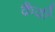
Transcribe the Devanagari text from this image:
कै़दी